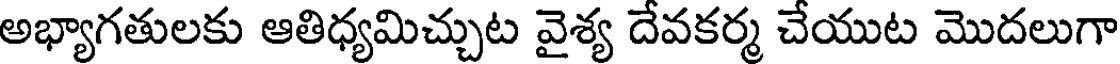
అభ్యాగతులకు ఆతిధ్యమిచ్చుట వైశ్య దేవకర్మ చేయుట మొదలుగా